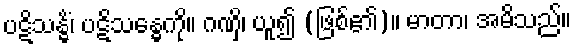
ပဋိသန္ဓိံ၊ ပဋိသန္ဓေကို။ ဂဏှိ၊ ယူ၍ (ဖြစ်၏)။ မာတာ၊ အမိသည်။